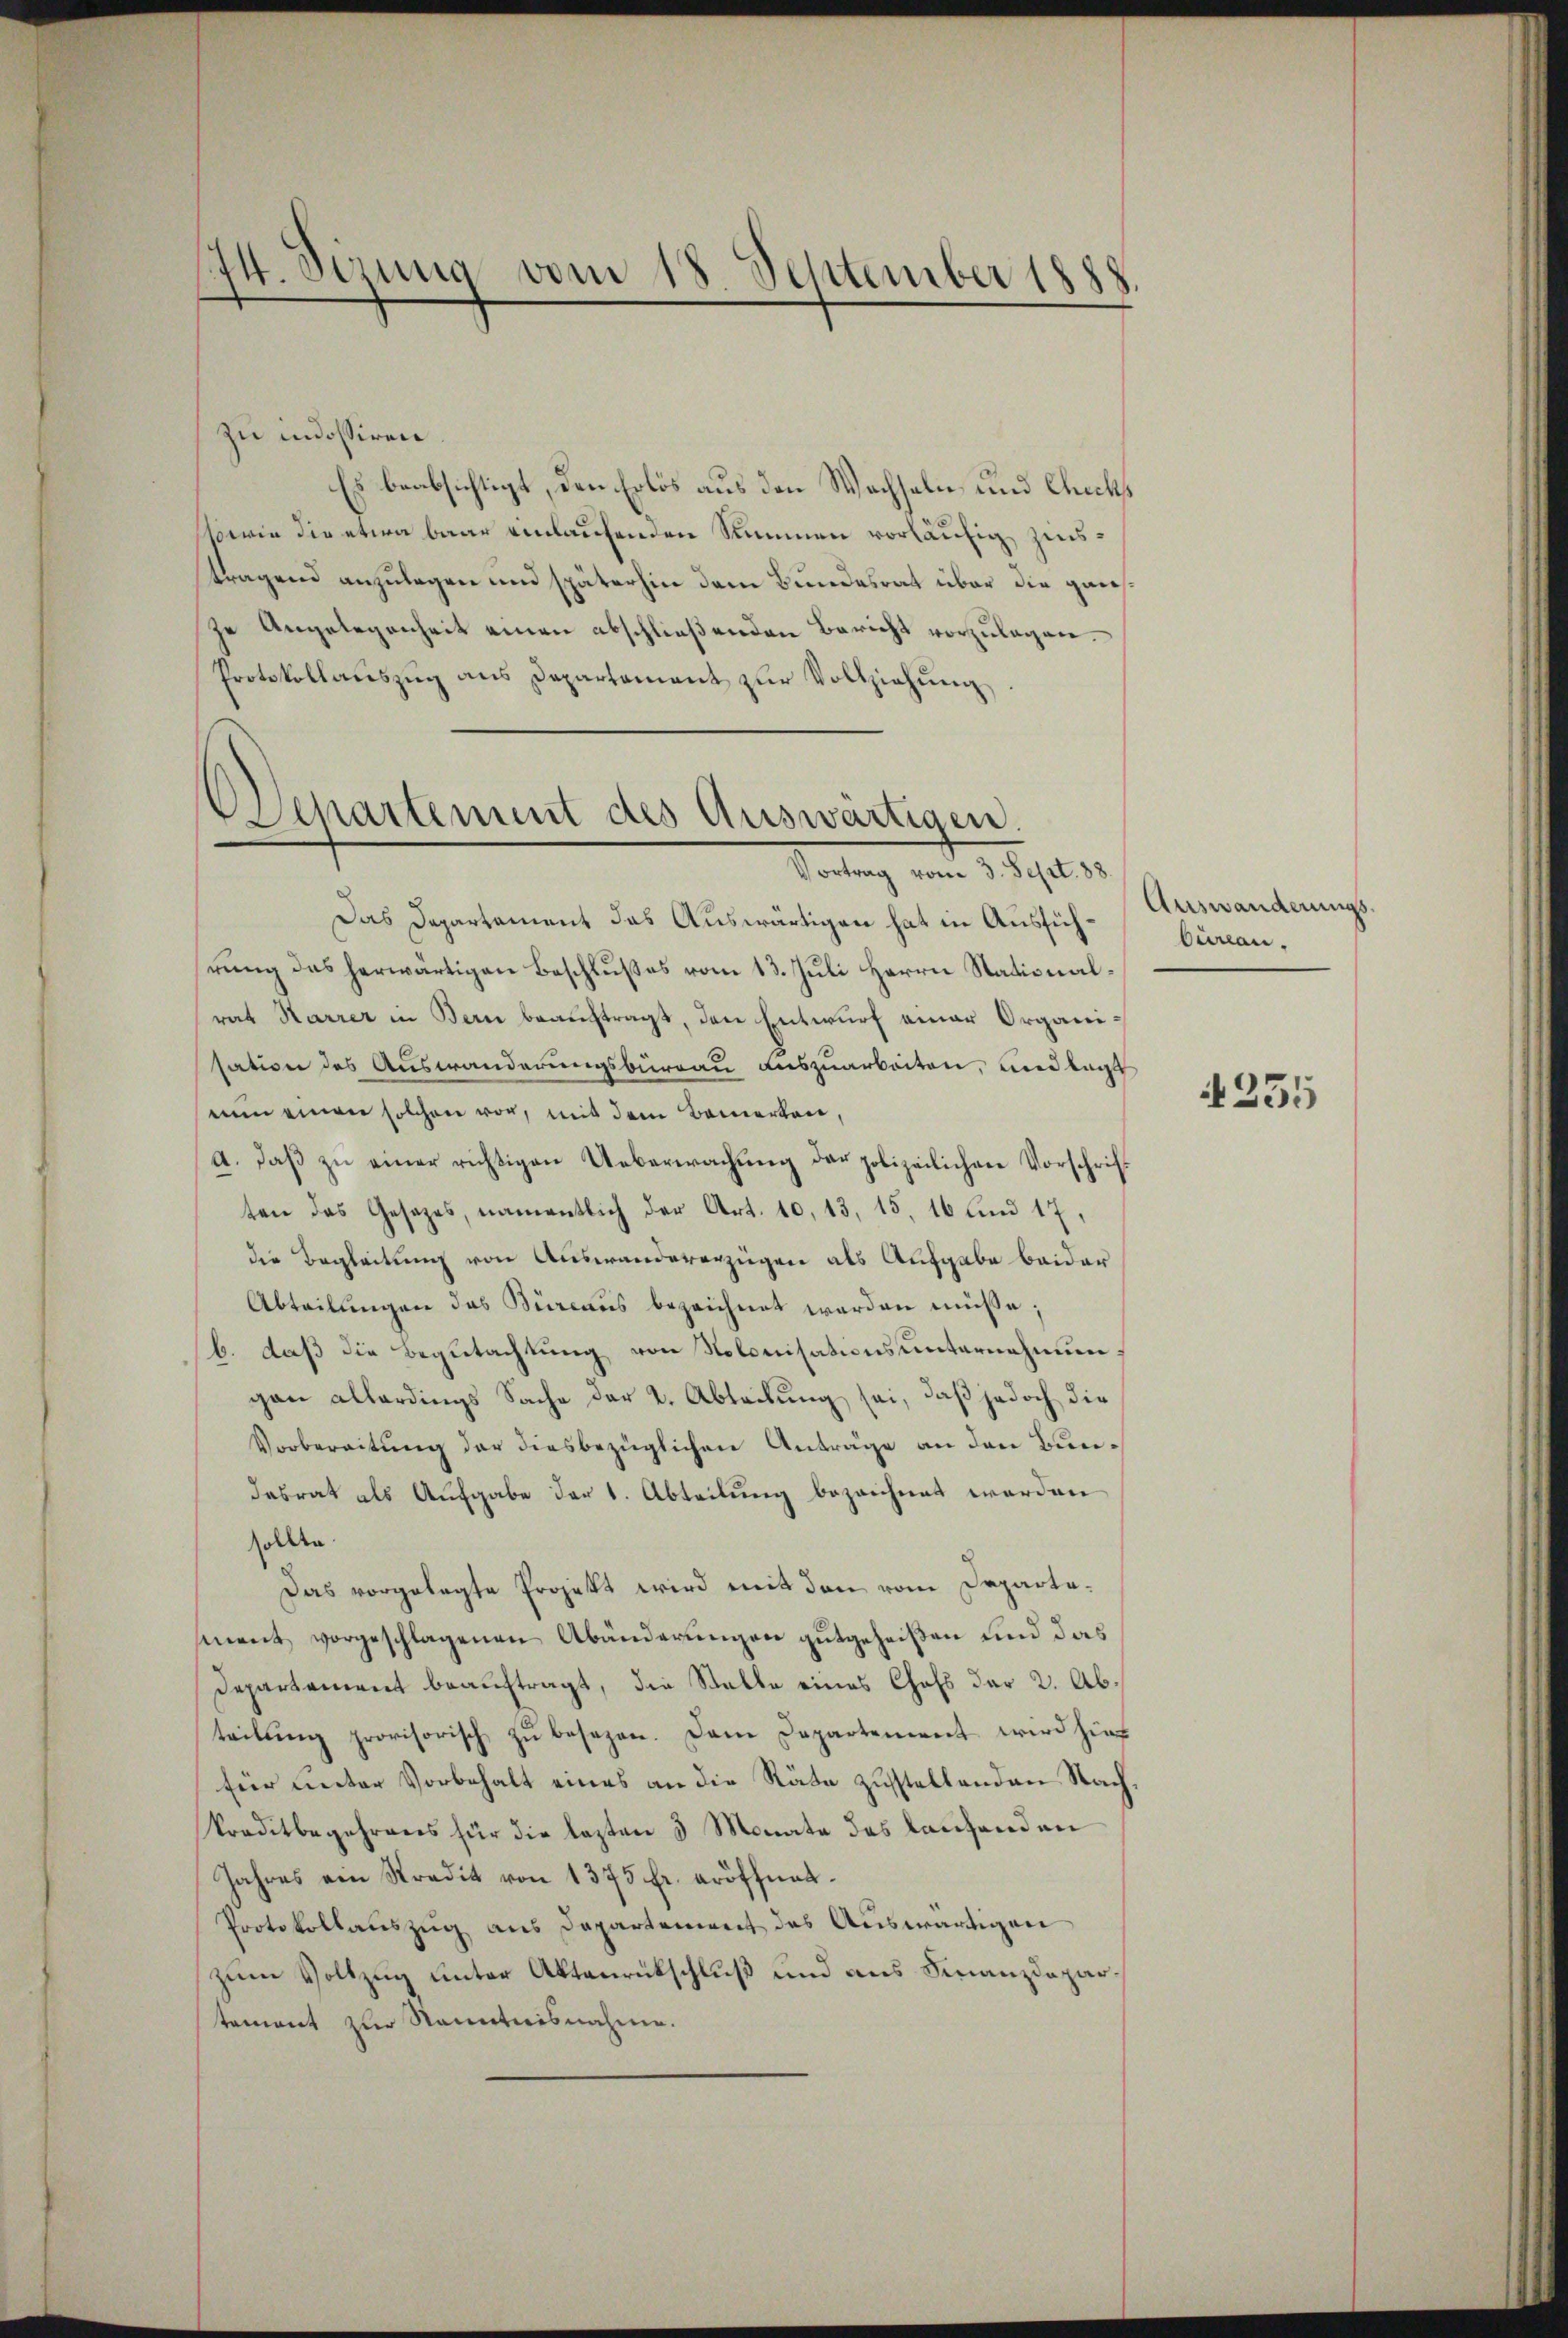
44. Dezung vom 18. September 1888

zu indossiren.
Es beabsichtigt, den Erlös aus den Wachseln und Chicks
ssowie die etwa baar einlaufenden Stimmen vorläufig zustragend anzulegen und späterhin dem Bundesrat über die ganze Angelegenheit einen abschließenden Bericht vorzulagen.
Protokollaŭszŭg ans Departament zŭr Vollziehŭng

Separtement des Auswärtigen.
Vortrag vom 3. Sept. 88

Das Departement das Auswärtigen hat in Ausführung des herwärtigen Beschlußes vom 13. Juli Herrn Stationalrat Karrer in Bern beauftragt, den Entwurf einer Organisation des Auswanderungsbureau auszuarbeiten, und lagt
nun einen solchen vor, mit dem Bemerken,
a. daβ zŭ einer richtigen Ueberwachung der polizeilichen Vorschriften das Gesetzes, namentlich der Art. 10, 13, 15, 16 sind 17.
die Begleitung von Auswandererzügen als Aufgabe beider
Abteilungen das Büreaus bezeichnet worden müße;
b. daß die Begutachtung von Nolonisationsunternehmungau allerdings Sache der 2. Abteilung sei, daß jedoch die
Vorbereitung der diesbezüglichen Anträge an den Bundasrat als Aufgabe der 1. Abteilung bezeichnet werden
sollte.
Das vorgelegte Projekt wird mit den vom Departament vorgeschlagenen Abänderungen gutgeheißen und das
Departement beauftragt, die Stalle eines Chefs der 2. Abteilung provisorisch zu besezen. Dem Departement wird hier
für unter Vorbehalt eines an die Räte zustellenden Nach¬
Preditbegehrens für die lezten 3 Monate das lautenden
Jahres ein Stradit von 1375 fr. eröffnat-
Protokollauszug aus Departement das Auswärtigen
zum Vollzug unter Aktenrückschluß und aus Finanzdepartement zur Kenntnisnahme.

Auswanderungs¬
Cureau.

1235